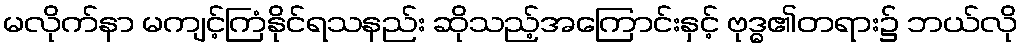
မလိုက်နာ မကျင့်ကြံနိုင်ရသနည်း ဆိုသည့်အကြောင်းနှင့် ဗုဒ္ဓ၏တရား၌ ဘယ်လို